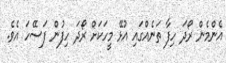
އެންމެން ރޯދަ ހިފާ ތަނެއްގައި އުޅޭ މީހަކަށް ރޯދަ ހިފުން ފަސޭހަ އެވެ.